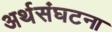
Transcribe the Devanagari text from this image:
अर्थसंघटना